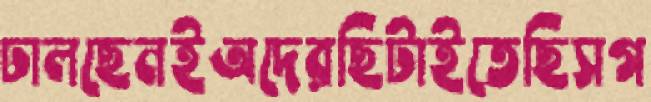
ঢালছেনইঅদেরছিটাইতেছিসগ